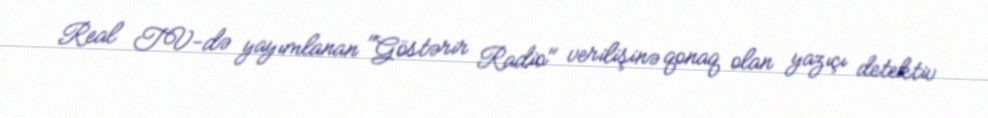
Real TV-də yayımlanan "Göstərir Radio" verilişinə qonaq olan yazıçı detektiv